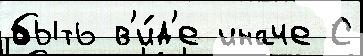
быть в'и́д'е иначе С